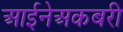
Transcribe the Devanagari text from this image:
आईनेअकबरी